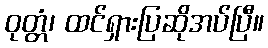
ဝုတ္တံ၊ ထင်ရှားပြဆိုအပ်ပြီ။